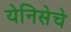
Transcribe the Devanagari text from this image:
येनिसेचे